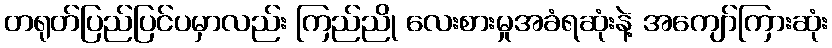
တရုတ်ပြည်ပြင်ပမှာလည်း ကြည်ညို လေးစားမှုအခံရဆုံးနဲ့ အကျော်ကြားဆုံး